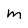
Character: m